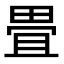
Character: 畳